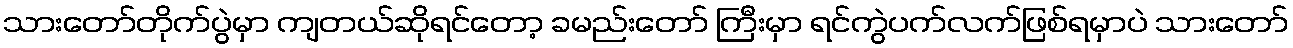
သားတော်တိုက်ပွဲမှာ ကျတယ်ဆိုရင်တော့ ခမည်းတော် ကြီးမှာ ရင်ကွဲပက်လက်ဖြစ်ရမှာပဲ သားတော်